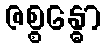
ဇစ္စန္ဓော